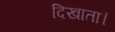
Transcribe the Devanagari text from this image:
दिखाता।